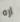
اره